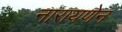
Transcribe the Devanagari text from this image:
नारायणेन